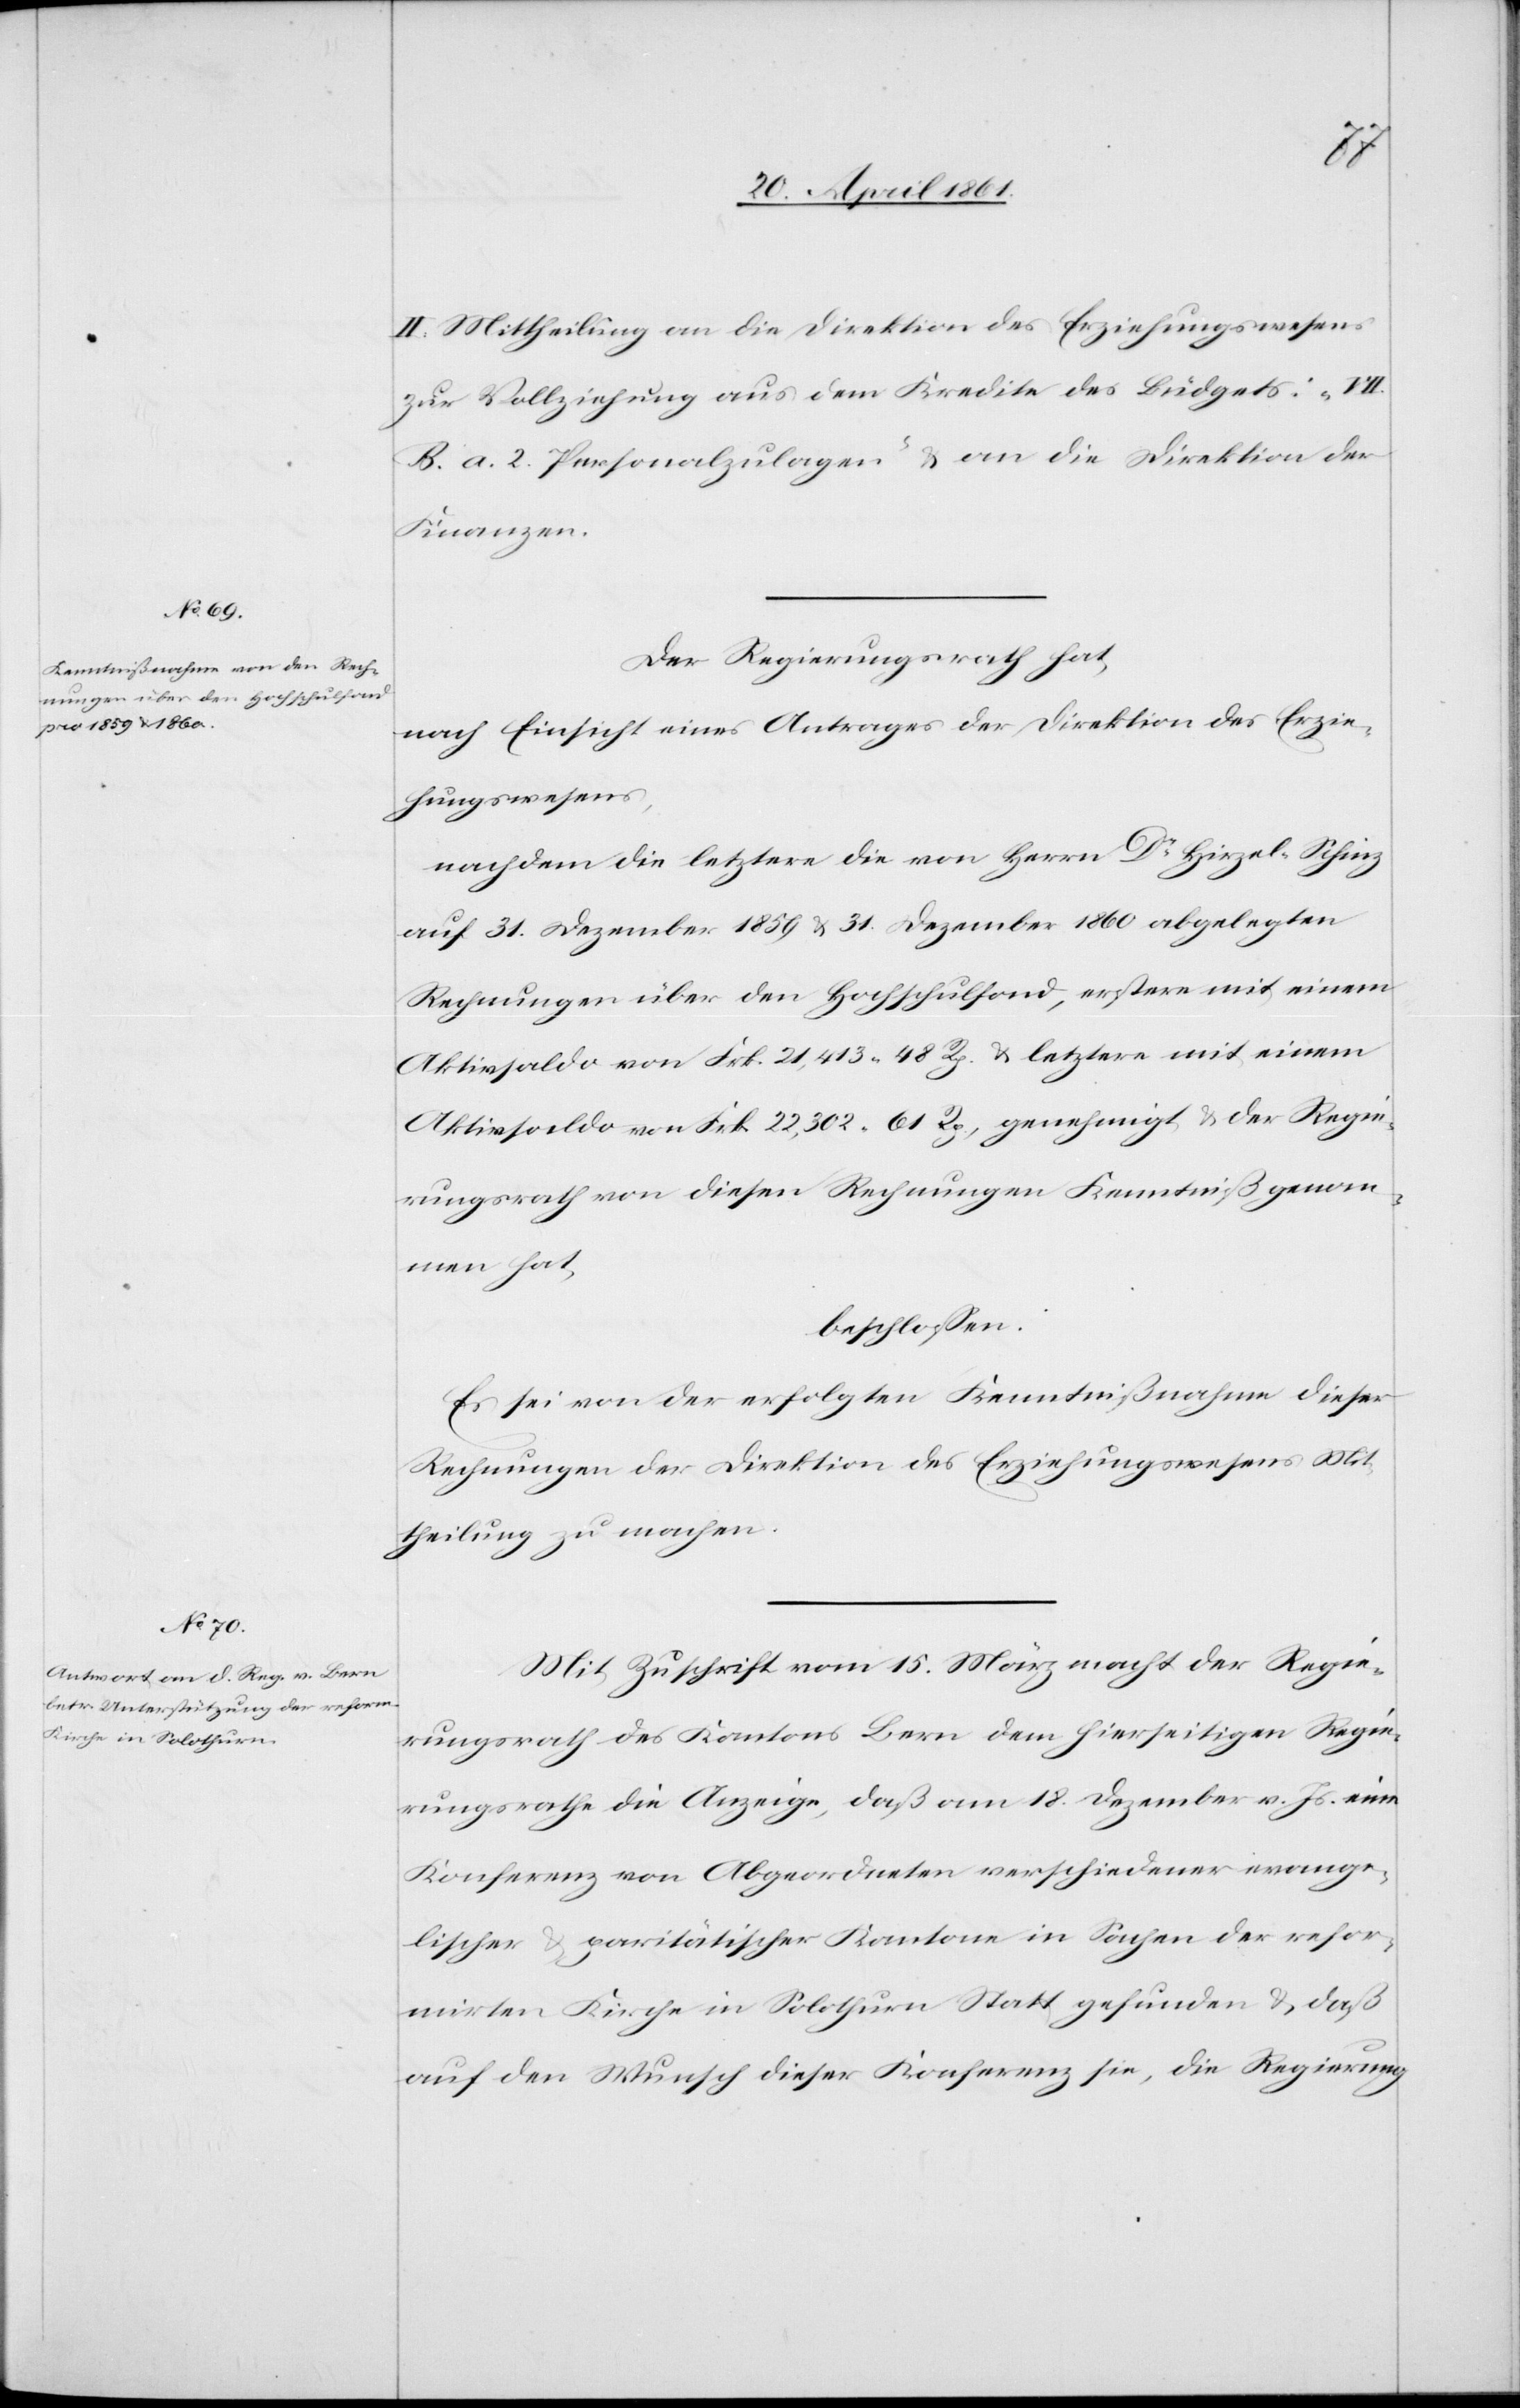
II. Mittheilung an die Direktion des Erziehungswesens
zur Vollziehung aus dem Kredite des Büdgets: „VII
B a. 2 Personalzulagen“ u. an die Direktion der
Finanzen.
Der Regierungsrath hat,
nach Einsicht eines Antrages der Direktion des Erzie¬
hungswesens,
nachdem die letztere die von Herrn Dr. Hirzel-Schinz
auf 31. Dezember 1859 u. 31. Dezember 1860 abgelegten
Rechnungen über den Hochschulfond, erstere mit einem
Aktivsaldo von Frk. 21,413 48 Rp. letztere mit einem
Aktivsaldo von Frk. 22,302 61 Rp., genehmigt u. der Regie¬
rungsrath von diesen Rechnungen Kenntniß genom¬
men hat,
beschlossen:
Es sei von der erfolgten Kenntnißnahme dieser
Rechnungen der Direktion des Erziehungswesens Mit¬
theilung zu machen.
Mit Zuschrift vom 15. März macht der Regie¬
rungsrath des Kantons Bern dem hierseitigen Regie¬
rungsrathe die Anzeige, daß am 18. Dezember v. Js. eine
Konferenz von Abgeordneten verschiedener evange¬
lischer u. paritätischer Kantone in Sachen der refor¬
mirten Kirche in Solothurn Statt gefunden u. daß
auf den Wunsch dieser Konferenz sie, die Regierung